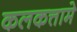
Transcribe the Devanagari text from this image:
कलकत्तामे